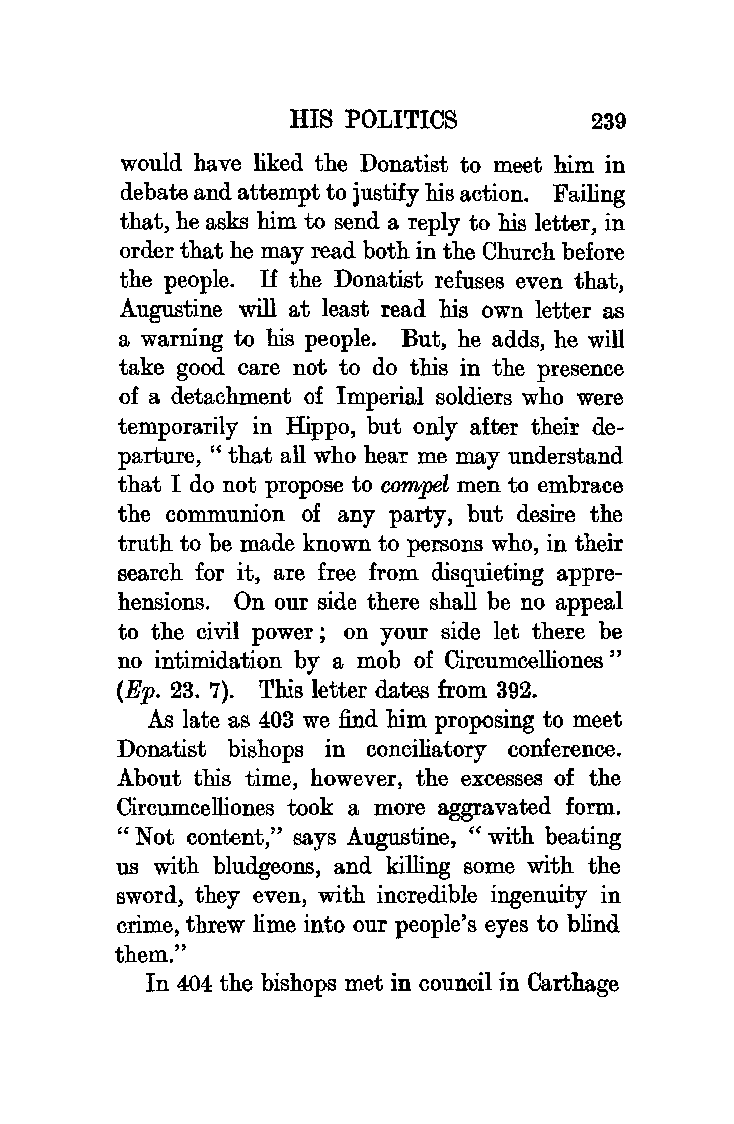
HIS POLITICS       239
 would have liked the Donatist to meet him in
 debate and attempt to justify his action. Failing
 that, he asks him to send a reply to his letter, in
 order that he may read both in the Church before
 the people. If the Donatist refuses even that,
 Augustine will at least read his own letter as
 a warning to his people. But, he adds, he will
 take good care not to do this in the presence
 of a detachment of Imperial soldiers who were
 temporarily in Hippo, but only after their de
 parture, "that all who hear me may understand
 that I do not propose to compel men to embrace
 the communion of any party, but desire the
 truth to be made known to persons who, in their
 search for it, are free from disquieting appre
 hensions. On our side there shall be no appeal
 to the civil power ; on your side let there be
 no intimidation by a mob of Circumcelliones"
 (Ep. 23. 7). This letter dates from 392.
 As late as 403 we find him proposing to meet
 Donatist bishops in conciliatory conference.
 About this time, however, the excesses of the
 Circumcelliones took a more aggravated form.
 "Not content," says Augustine, "with beating
 us with bludgeons, and killing some with the
 sword, they even, with incredible ingenuity in
 crime, threw lime into our people's eyes to blind
 them."
 In 404 the bishops met in council in Carthage